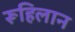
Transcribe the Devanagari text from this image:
रूहिलान